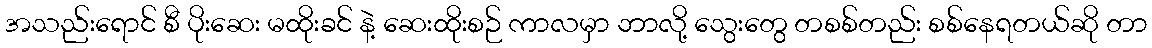
အသည်းရောင် စီ ပိုးဆေး မထိုးခင် နဲ့ ဆေးထိုးစဉ် ကာလမှာ ဘာလို့ သွေးတွေ တစစ်တည်း စစ်နေရတယ်ဆို တာ